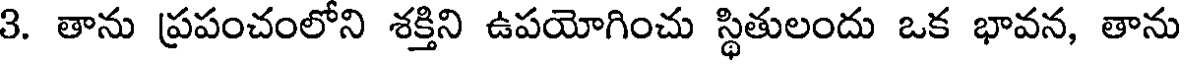
3. తాను ప్రపంచంలోని శక్తిని ఉపయోగించు స్థితులందు ఒక భావన, తాను